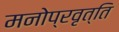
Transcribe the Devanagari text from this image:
मनोप्रवृत्ति